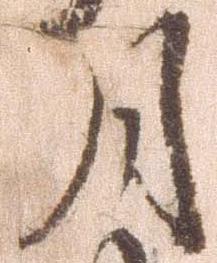
月